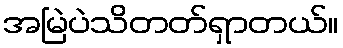
အမြဲပဲသိတတ်ရှာတယ်။